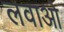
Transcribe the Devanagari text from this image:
लवाओ